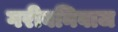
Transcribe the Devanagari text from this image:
गरीबनिवाज